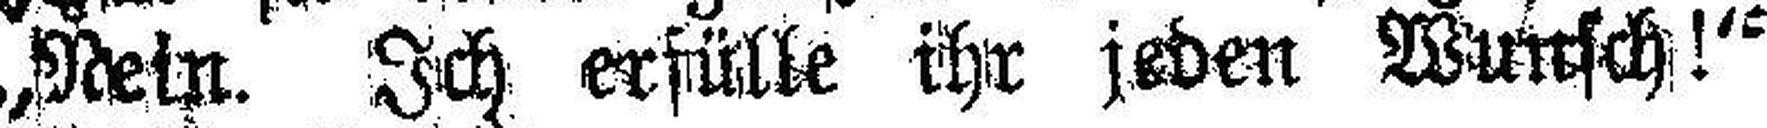
„Nein. Ich erfülle ihr jeden Wunsch!“